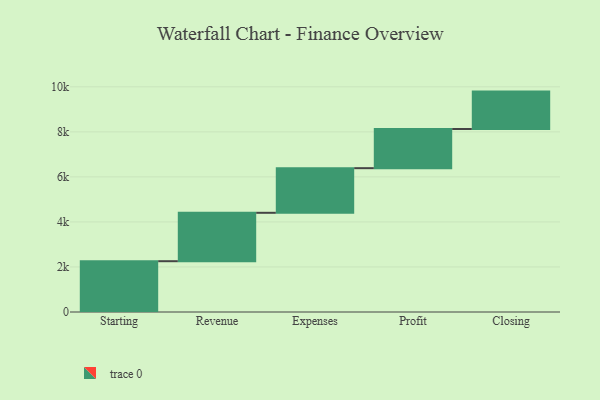
{"axis": {"x": "Step", "y": "Value"}, "legend": [""], "data": [{"x": "Starting", "y": 2256.0, "type": ""}, {"x": "Revenue", "y": 2149.0, "type": ""}, {"x": "Expenses", "y": 1982.0, "type": ""}, {"x": "Profit", "y": 1739.0, "type": ""}, {"x": "Closing", "y": 1661.0, "type": ""}]}